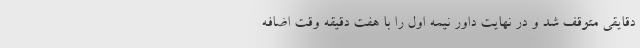
دقایقی متوقف شد و در نهایت داور نیمه اول را با هفت دقیقه وقت اضافه